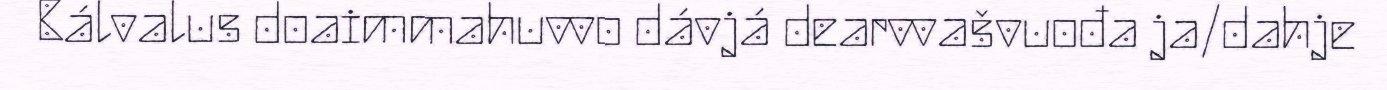
Bálvalus doaimmahuvvo dávjá dearvvašvuođa ja/dahje